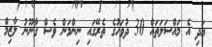
އަދި އެ މައްސަލަތައް 30 ދުވަހުގެ ތެރޭގައި ނިންމަން ވެސް ގާނޫނު ލާޒިމް